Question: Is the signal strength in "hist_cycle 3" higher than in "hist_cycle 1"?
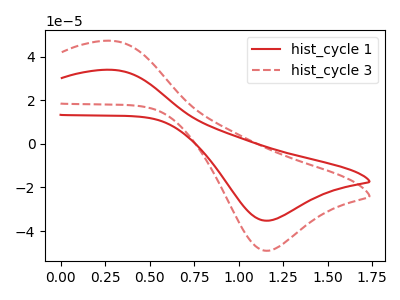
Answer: <think>The red curve "hist_cycle 1" has an anodic peak at (0.30V, 33.95uA) and a cathodic peak at (1.15V, -35.20uA). The red dashed curve "hist_cycle 3" has an anodic peak at (0.30V, 47.25uA) and a cathodic peak at (1.15V, -49.00uA).
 All the peaks in "hist_cycle 3" have a peak in "hist_cycle 1" at the same potential. Every peak in "hist_cycle 3" is higher than every peak in "hist_cycle 1".</think>
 <answer>"hist_cycle 3" has more signal than "hist_cycle 1".</answer>
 <eval>more_signal</eval>